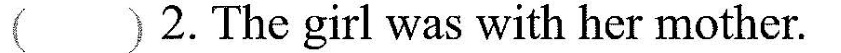
() 2. The girl was with her mother.